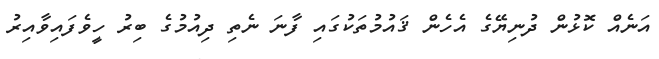
އަނެއް ކޮޅުން ދުނިޔޭގެ އެހެން ޤައުމުތަކުގައި ފާނަ ނެތި ދިއުމުގެ ބިރު ހީވެފައިވާއިރު